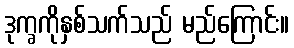
ဒုက္ခကိုနှစ်သက်သည် မည်ကြောင်း။